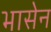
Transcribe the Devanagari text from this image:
भासेन